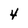
Character: 4